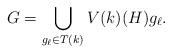
LaTeX: \begin{align*}G = \bigcup_{g_\ell \in T(k)} V(k)(H) g_\ell.\end{align*}